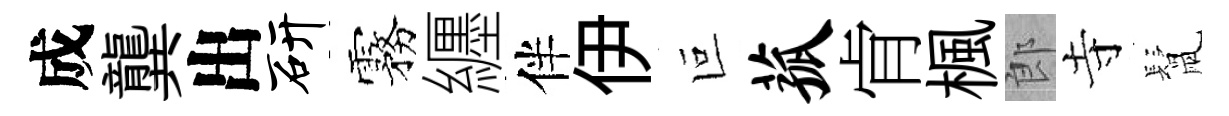
成龔出研霧纒伴伊叵菰肻楓郎寺鬛